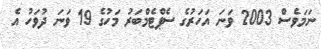
ނަމަވެސް 2003 ވަނަ އަހަރުގެ ސެޕްޓެމްބަރު މަހުގެ 19 ވަނަ ދުވަހު އެ